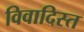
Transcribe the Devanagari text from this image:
विवादिस्त